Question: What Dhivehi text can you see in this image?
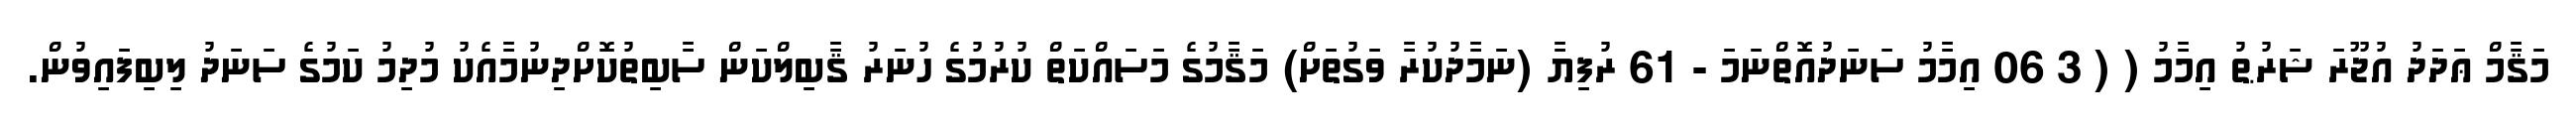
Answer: މަޤާމް ޢަދަދު އުޖޫރަ ޝަރުޠު އިމާމު ( ( 3 06 އިމާމު ސަނަދުއޮތްނަމަ - 61 ރުފިޔާ (ނަމާދުކުރާ ވަގުތަށް) މަޤާމުގެ މަސައްކަތް ކުރުމުގެ ހުނަރު ޤާބިލްކަން ސާބިތުކޮށްދިނުމާއެކު މުދިމު ކަމުގެ ސަނަދު ލިބިފައިވުން.